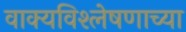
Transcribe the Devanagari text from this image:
वाक्यविश्लेषणाच्या